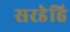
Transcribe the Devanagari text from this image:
सरडेहि